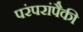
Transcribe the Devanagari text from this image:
परंपरांपैकी